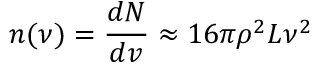
n ( \nu ) = \frac { d N } { d v } \approx 1 6 \pi \rho ^ { 2 } L \nu ^ { 2 }